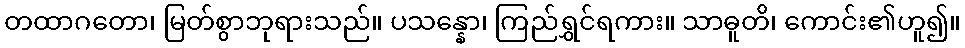
တထာဂတော၊ မြတ်စွာဘုရားသည်။ ပသန္နော၊ ကြည်ရွှင်ရကား။ သာဓူတိ၊ ကောင်း၏ဟူ၍။